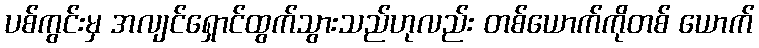
ပစ်ကွင်းမှ အလျင်ရှောင်ထွက်သွားသည်ဟုလည်း တစ်ယောက်ကိုတစ် ယောက်